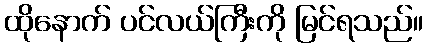
ထိုနောက် ပင်လယ်ကြီးကို မြင်ရသည်။